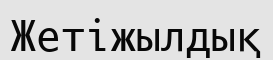
Жетіжылдық